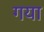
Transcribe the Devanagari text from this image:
गया